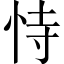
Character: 恃